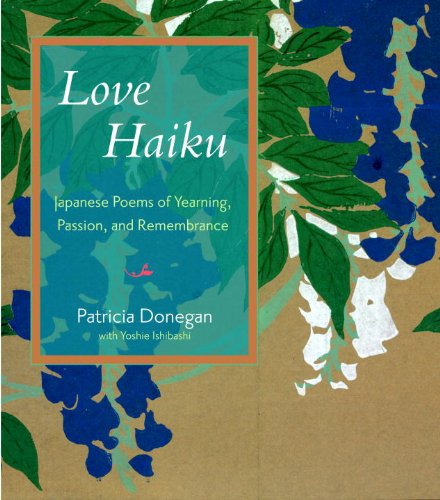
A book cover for Love Haiku: Japanese Poems of Yearning, Passion, and Remembrance; Patricia Donegan; Literature & Fiction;